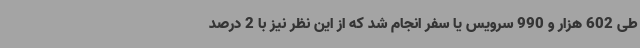
طی 602 هزار و 990 سرویس یا سفر انجام شد که از این نظر نیز با 2 درصد